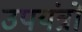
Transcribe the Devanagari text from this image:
उपयंत्रों